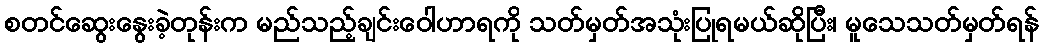
စတင်ဆွေးနွေးခဲ့တုန်းက မည်သည့်ချင်းဝေါဟာရကို သတ်မှတ်အသုံးပြုရမယ်ဆိုပြီး၊ မူသေသတ်မှတ်ရန်